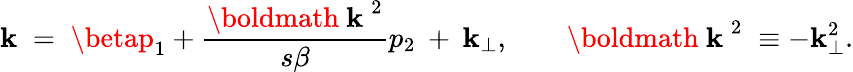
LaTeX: \mathbf{k}\; =\; \betap_{1}+\frac{{\mathrm{{\boldmath~\mathbf{k}~}}^{2}}}{{s\beta}}p_{2}\: +\: \mathbf{k}_{\perp},\quad\quad\mathrm{{\boldmath~\mathbf{k}~}}^{2}\; \equiv-\mathbf{k}_{\perp}^{2}.